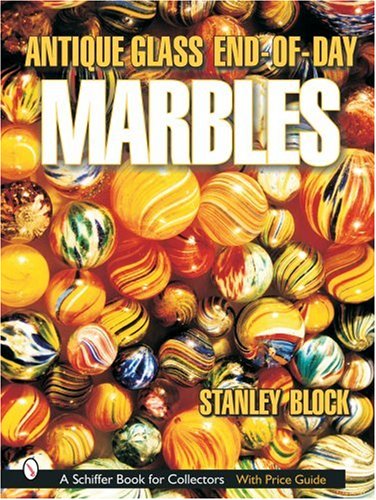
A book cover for Antique Glass End-Of-Day Marbles; Stanley A. Block; Crafts, Hobbies & Home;